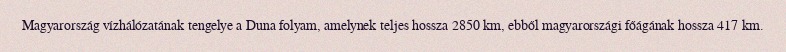
Magyarország vízhálózatának tengelye a Duna folyam, amelynek teljes hossza 2850 km, ebből magyarországi főágának hossza 417 km.